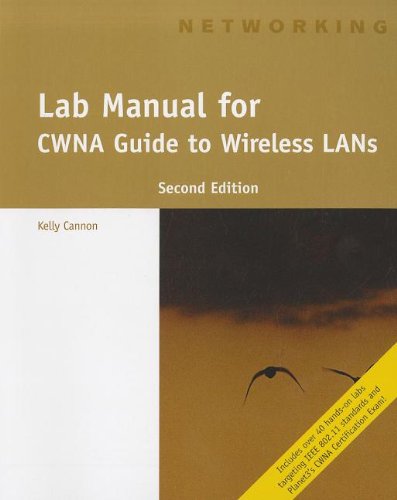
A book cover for Lab Manual for CWNA Guide to Wireless LANs, 2nd; Kelly Cannon; Computers & Technology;